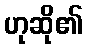
ဟုဆို၏